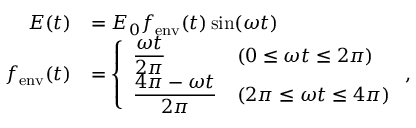
\begin{array} { r l } { E ( t ) } & { = E _ { 0 } f _ { \mathrm { e n v } } ( t ) \sin ( \omega t ) } \\ { f _ { \mathrm { e n v } } ( t ) } & { = \left\{ \begin{array} { l l } { \displaystyle \frac { \omega t } { 2 \pi } } & { ( 0 \leq \omega t \leq 2 \pi ) } \\ { \displaystyle \frac { 4 \pi - \omega t } { 2 \pi } } & { ( 2 \pi \leq \omega t \leq 4 \pi ) } \end{array} \right. , } \end{array}